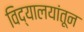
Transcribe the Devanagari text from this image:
विद्यालयांतून